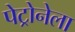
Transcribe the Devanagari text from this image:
पेट्रोनेला